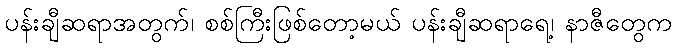
ပန်းချီဆရာအတွက်၊ စစ်ကြီးဖြစ်တော့မယ် ပန်းချီဆရာရေ့၊ နာဇီတွေက